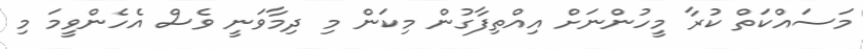
މަސައްކަތް ކުރާ މީހުންނަށް އިއްތިފާގުން މިކަން މި ދިމާވަނީ ވެސް އެހެންވީމަ މި